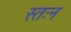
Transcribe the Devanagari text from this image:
स्तःन